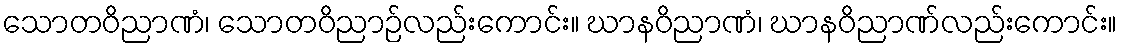
သောတဝိညာဏံ၊ သောတဝိညာဉ်လည်းကောင်း။ ဃာနဝိညာဏံ၊ ဃာနဝိညာဏ်လည်းကောင်း။